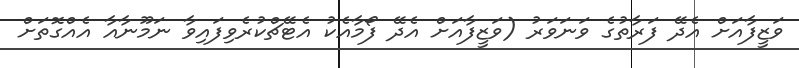
ވަޒީފާއަށް އެދޭ ފަރާތުގެ ވަނަވަރު (ވަޒީފާއަށް އެދޭ ފޯމާއެކު އެޓޭޗްކުރެވިފައިވާ ނަމޫނާއާ އެއްގޮތަށް